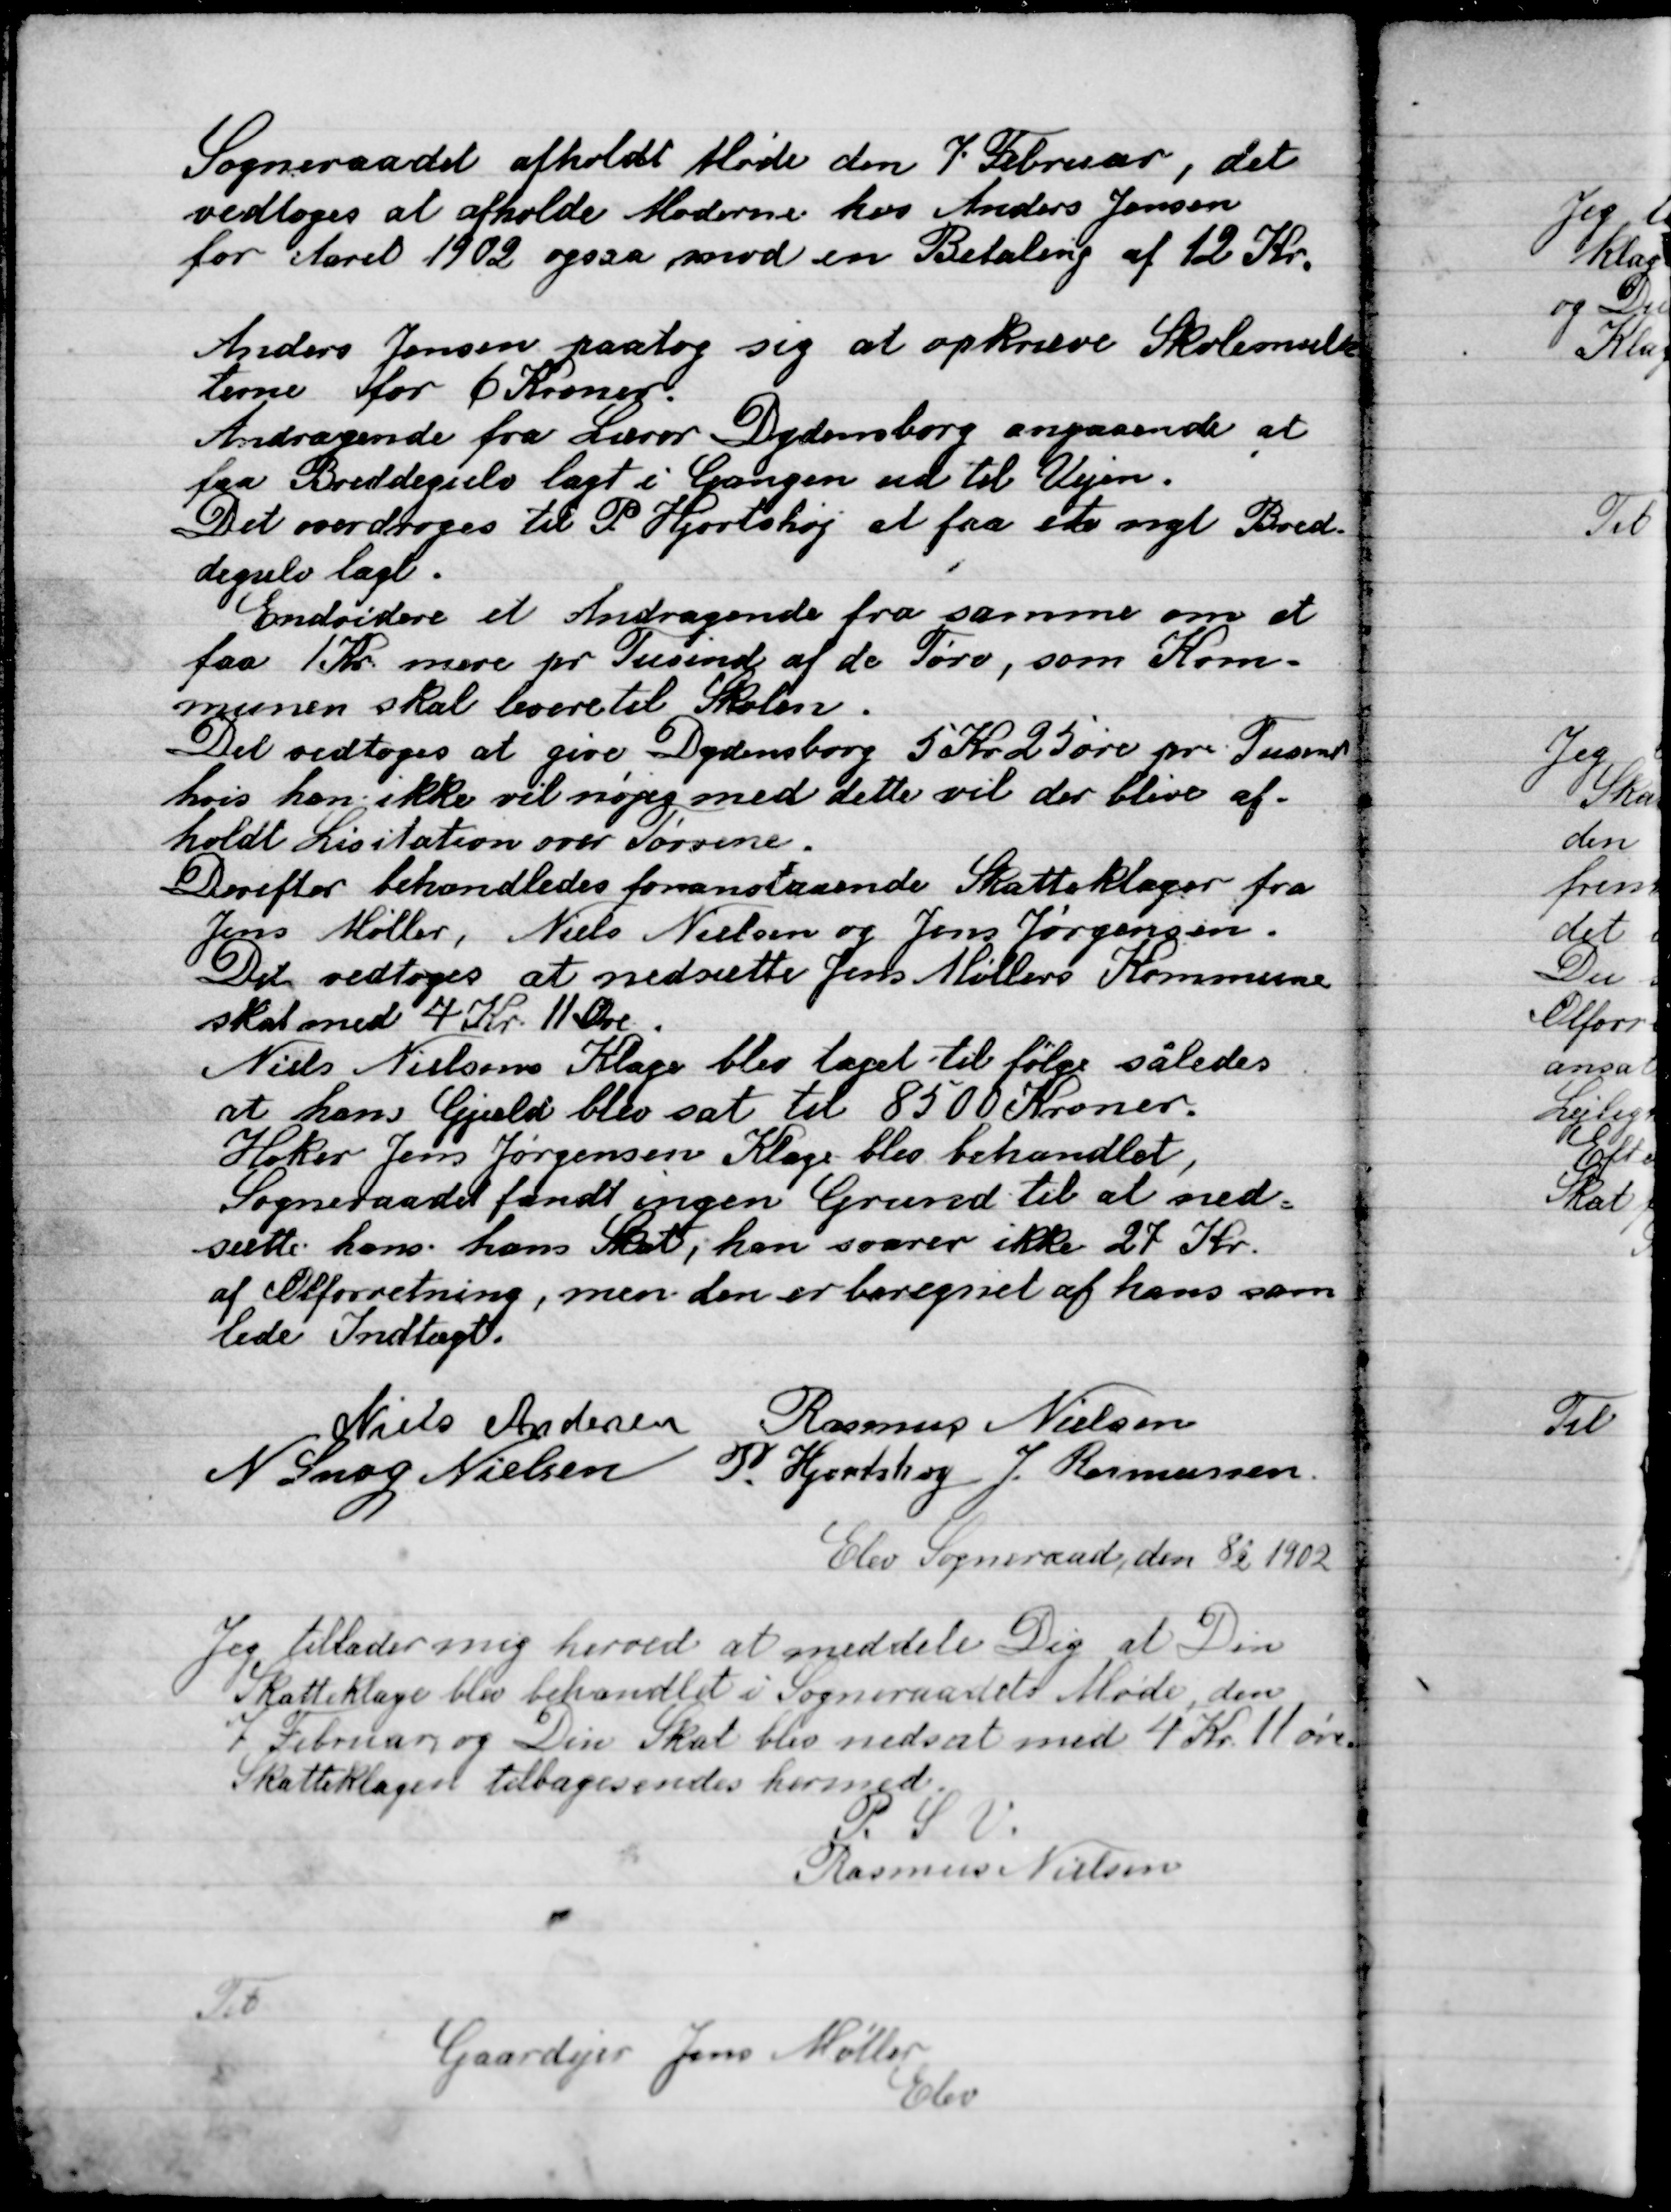
Transskription:
Sogneraadet afholdt Møde den 7 Februar, det
vedtoges at afholde Møderne hos Anders Jensen
for Aaret 1902 også mod en Betaling af 12 Kr.

Anders Jensen paatog sig at opkræve Skolemul-
terne for 6 Kroner.
Andragende fra Lærer Dydensborg angaaende at
faa Breddegulv lagt i Gangen ud til Vejen.
Det overdroges til P. Hjortshøj at faa et segl Bred-
degulv lagt.
Endvidere et Andragende fra samme om at
faa til mere pr. Tusind af de Tørv, som Kom-
munen skal levere Skolen.
Det vedtoges at give Dydensborg 5 Kr. 25 Øre pr. Tusind
hvis han ikke vil nøjes med dette vil der blive af-
holdt Licitation over Tørvene.
Derefter behandledes foranstaaende Skatteklager fra
Jens Møller, Niels Nielsen og Jens Jørgensen.
Det vedtoges at nedsætte Jens Møllers Kommune
Skat med 4 Kr. 11 Ødre.
Niels Nielsens Klage bleg taget til følge således
at hans Gæld blev sat til 8500 Kroner.
Holker Jens Jørgensens Klage blev behandlet,
Sogneraadet fandt ingen Grund til at ned-
sætte hans ham skat, han svarer ikke 27 Kr.
af el forretning, men den er beregnet af hans sam-
lede Indtægt.

Niels Andersen
Rasmus Nielsen
N. Snog Nielsen
P. Hjortshøj
J. Rasmussen

Elev Sogneraad, den 8/2 1902
Jeg tillader mig herved at meddele Dig at Din
Skatteklage blev behandlet i Sogneraads Møde den
7 Februar og din Skat blev nedsat med 4 Kr. 11 Øre
Skatteklagen tilbagesendes hermed.
P.S.V.
Rasmus Nielsen
Til
Gaardejer Jens Møller
Elev